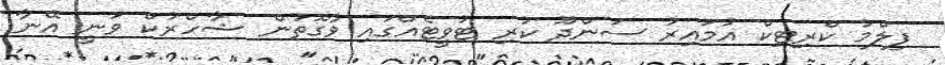
ފިލްމު ކްރިޓިކް އުމައިރު ސަންދޫ ކުރި ޓުވީޓެއްގައި ވާގޮތުން ޝާހްރުކް ވަނީ އޭނާ